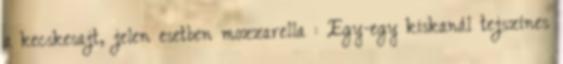
a kecskesajt, jelen esetben mozzarella : Egy-egy kiskanál tejszínes